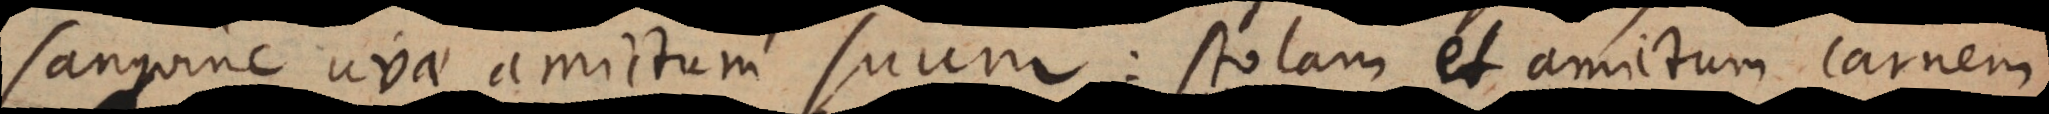
sanguine uvae amictum suum: stolam et amictum carnem